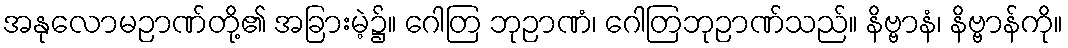
အနုလောမဉာဏ်တို့၏ အခြားမဲ့၌။ ဂေါတြ ဘုဉာဏံ၊ ဂေါတြဘုဉာဏ်သည်။ နိဗ္ဗာနံ၊ နိဗ္ဗာန်ကို။